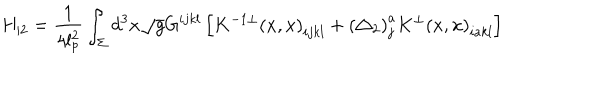
LaTeX: H _ { | 2 } = \frac 1 { 4 l _ { p } ^ { 2 } } \int _ { \Sigma } d ^ { 3 } x \sqrt { g } G ^ { i j k l } \left[ K ^ { - 1 \bot } \left( x , x \right) _ { i j k l } + \left( \triangle _ { 2 } \right) _ { j } ^ { a } K ^ { \bot } \left( x , x \right) _ { i a k l } \right]